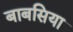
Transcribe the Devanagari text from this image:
बाबसिया